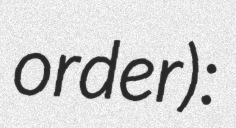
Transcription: order):